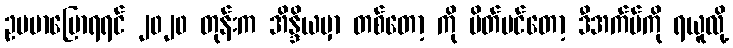
ဥပမာပြောရရင် ၂၀၂၀ တုန်းက အိန္ဒိယမှာ တစ်တော့ ကို ပိတ်ပင်တော့ ဒီအက်ပ်ကို ရယူလို့